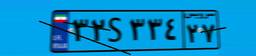
۳۲S۳۳۴۲۷